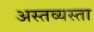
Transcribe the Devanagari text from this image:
अस्तव्यस्ता